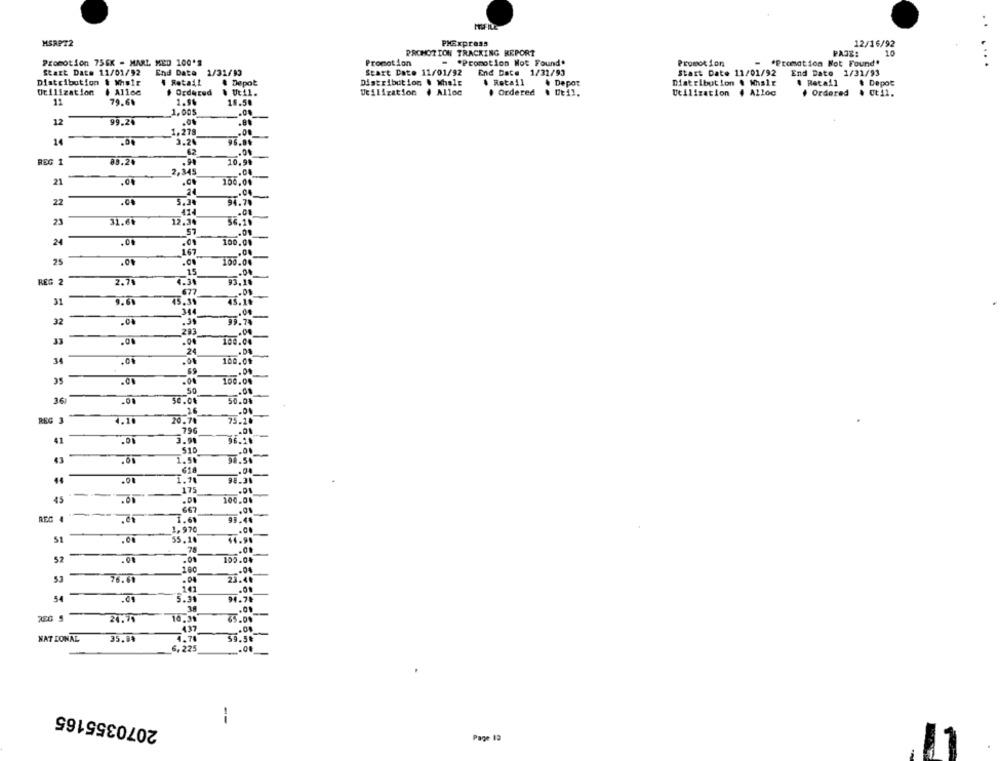
MWFILE
MSRP72
PMExpress
12/16/92
PROHOTION TRACKING REPORT
10
Promotion 756K - MARL MED 100'S
Promotion
"Promotion Not Found.
*Promotion Not Found"
Promotion
. .
Start Date 11/01/92
End Date 1/31/93
Start Date 11/01/92
End Date 1/31/93
Start Date 11/01/92
End Date 1/31/93
Distribution & Wwir
Retail
Depot
Distribution & Whale
. Retail
. Depot
Distribution . Whair
. Retail
# Depot
Utilization
· Ordered
& Util.
Utilization
. Alloc
. Ordered
Utilization # Alloc
. Ordered
. Ut11.
11
79.6%
1.90
19.50
1,005
12
99.24
.8.
1,279
.00
14
3.20
96.81
62
.01
83.24
REG 1
10.94
2,345
21
.00
100,04
24
.04
22
3.30
94.78
414
.01
23
31.66
12.30
36.10
24
100.00
167
25
.01
.00
100.00
15
.00
REG 2
2.78
4.3%
95.18
677
.01
31
9.61
45.39
45.10
344
.00
--
32
.00
.39
99.74
293
.04
33
.00
100.00
2
34
.00
100.09
69
.CO
100.00
50
.00
36
.00
30.01
50.01
75.10
REG 3
4.10
20.70
796
41
.00
3.98
96.18
510
43
.00
1.50
618
14
.00
1.70
175
45
100.00
667
REG 4
1.61
1,970
51
.00
55.10
44.90
78
52
.00
105.04
100
.04
53
23.40
76.61
.04
141
54
.01
5.31
94.70
31
.01
24.79
10,31
65.00
437
WAT LOWAL
35.84
4.78
59.50
6. 225
.00
2070355165
--
Page 12